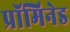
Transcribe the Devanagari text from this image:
प्रॉमिनेड